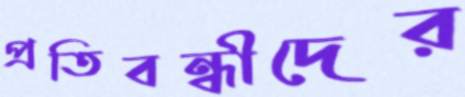
প্রতিবন্ধীদের